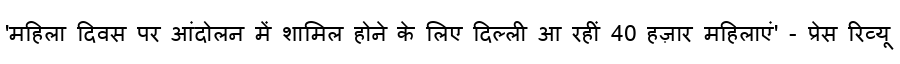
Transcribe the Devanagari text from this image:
'महिला दिवस पर आंदोलन में शामिल होने के लिए दिल्ली आ रहीं 40 हज़ार महिलाएं' - प्रेस रिव्यू